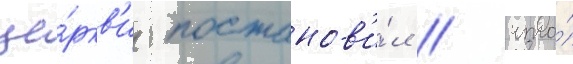
це́ркв'и постанов'и́л / что́